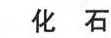
化石